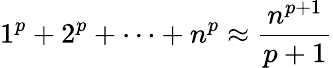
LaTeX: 1^{p}+2^{p}+\cdots+n^{p}\approx{\frac{n^{p+1}}{p+1}}